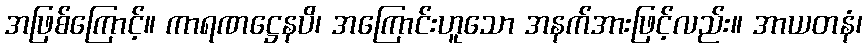
အဖြစ်ကြောင့်။ ကာရဏဋ္ဌေနပိ၊ အကြောင်းဟူသော အနက်အားဖြင့်လည်း။ အာယတနံ၊